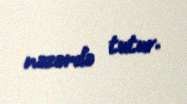
nəzərdə tutur.